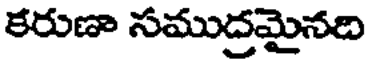
కరుణా సముద్రమైనది